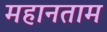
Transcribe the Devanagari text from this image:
महानताम